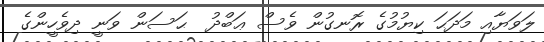
ލަވަޔާއި މަދަޙަ ކިޔުމުގެ ރޮނގުން ވެސް ޢަބްދު  ޙަސަން ވަނީ ދިވެހީންގެ